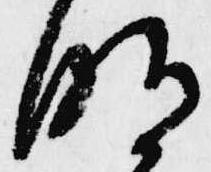
明